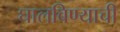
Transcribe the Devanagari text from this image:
घालविण्याची